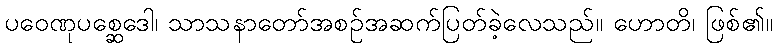
ပဝေဏုပစ္ဆေဒေါ၊ သာသနာတော်အစဉ်အဆက်ပြတ်ခဲ့လေသည်။ ဟောတိ၊ ဖြစ်၏။